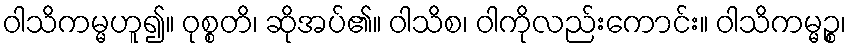
ဝါသိကမ္မဟူ၍။ ဝုစ္စတိ၊ ဆိုအပ်၏။ ဝါသိစ၊ ဝါကိုလည်းကောင်း။ ဝါသိကမ္မဉ္စ၊